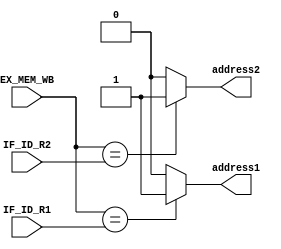
module Forward_PC(EX_MEM_WB,IF_ID_R1,IF_ID_R2,address1,address2);
  input [4:0]EX_MEM_WB;
  input [4:0]IF_ID_R1;
  input [4:0]IF_ID_R2;
  output reg address1;
  output reg address2;
  
  always@(*)
  if(EX_MEM_WB==IF_ID_R1)
    address1=1;
  else
    address1=0;
    
  always@(*)
  if(EX_MEM_WB==IF_ID_R2)
    address2=1;
  else
    address2=0;
    
endmodule